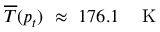
\overline { { T } } ( p _ { t } ) ~ \approx ~ 1 7 6 . 1 ~ \: ~ \mathrm { ~ K ~ }